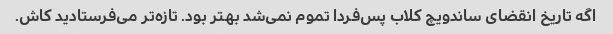
اگه تاریخ انقضای ساندویچ کلاب پس‌فردا تموم نمی‌شد بهتر بود. تازه‌تر می‌فرستادید کاش.